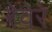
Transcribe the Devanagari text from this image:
रेवेरे